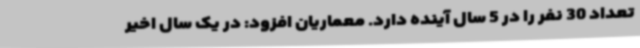
تعداد 30 نفر را در 5 سال آینده دارد. معماریان افزود: در یک سال اخیر